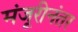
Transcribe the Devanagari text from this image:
मंजूरीनंतर